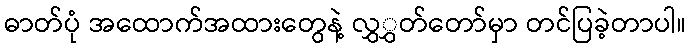
ဓာတ်ပုံ အထောက်အထားတွေနဲ့ လွှွှတ်တော်မှာ တင်ပြခဲ့တာပါ။